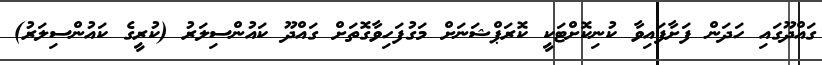
ގައްދޫގައި ހަދަން ފަށާފައިވާ ކުނިކޮށްޓަކީ ކޮރަޕްޝަނަށް މަގުފަހިވާގޮތަށް ގައްދޫ ކައުންސިލަރު (ކުރީގެ ކައުންސިލަރު)